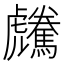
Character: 𩦶